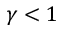
\gamma < 1